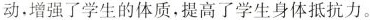
动，增强了学生的体质，提高了学生身体抵抗力。